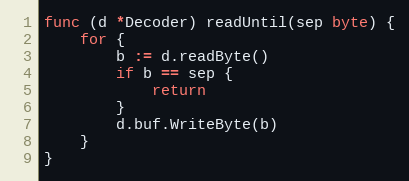
Language: Go
func (d *Decoder) readUntil(sep byte) {
	for {
		b := d.readByte()
		if b == sep {
			return
		}
		d.buf.WriteByte(b)
	}
}